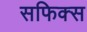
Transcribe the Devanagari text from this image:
सफिक्स